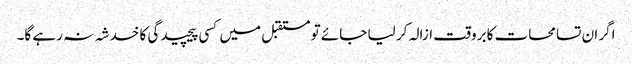
اگر ان تسامحات کا بروقت ازالہ کر لیا جائے تو مستقبل میں کسی پیچیدگی کا خدشہ نہ رہے گا۔